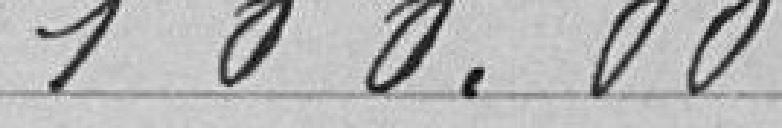
100,00